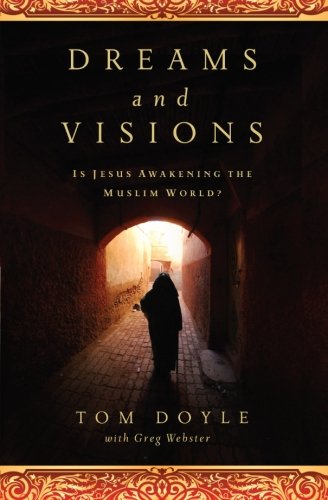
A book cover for DREAMS AND VISIONS: Is Jesus Awakening the Muslim World?; Tom Doyle; Religion & Spirituality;